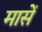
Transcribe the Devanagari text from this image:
मासें